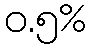
ဝ.၅%